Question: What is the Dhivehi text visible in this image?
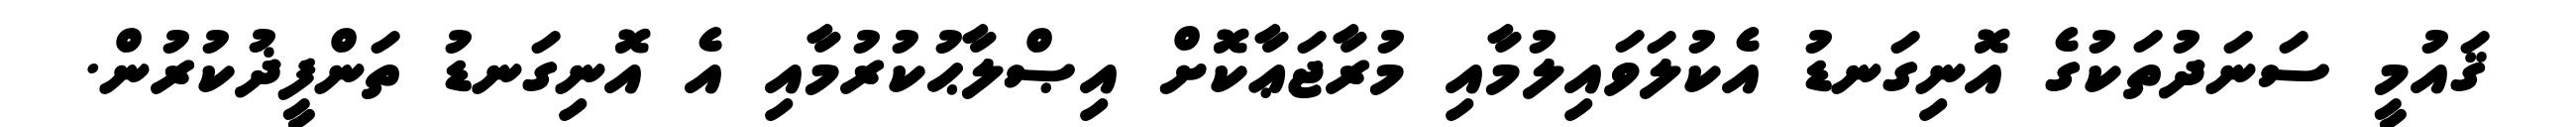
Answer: ޤައުމީ ސަނަދުތަކުގެ އޮނިގަނޑު އެކުލަވައިލުމާއި މުރާޖަޢާކޮށް އިޞްލާޙުކުރުމާއި އެ އޮނިގަނޑު ތަންފީޛުކުރުން.